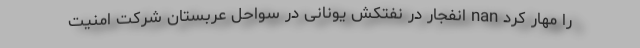
را مهار کرد nan انفجار در نفتکش یونانی در سواحل عربستان شرکت امنیت